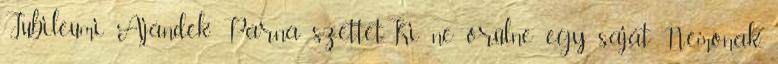
Jubileumi Ajándék Párna szettet.Ki ne örülne egy saját Némónak,